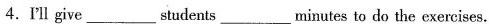
4.I'll give ___ students ___ minutes to do the exercises.